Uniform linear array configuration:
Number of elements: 16
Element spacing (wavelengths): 0.5
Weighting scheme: hamming
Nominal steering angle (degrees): -15
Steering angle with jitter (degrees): -14.459
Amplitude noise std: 0.05
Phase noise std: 0.05

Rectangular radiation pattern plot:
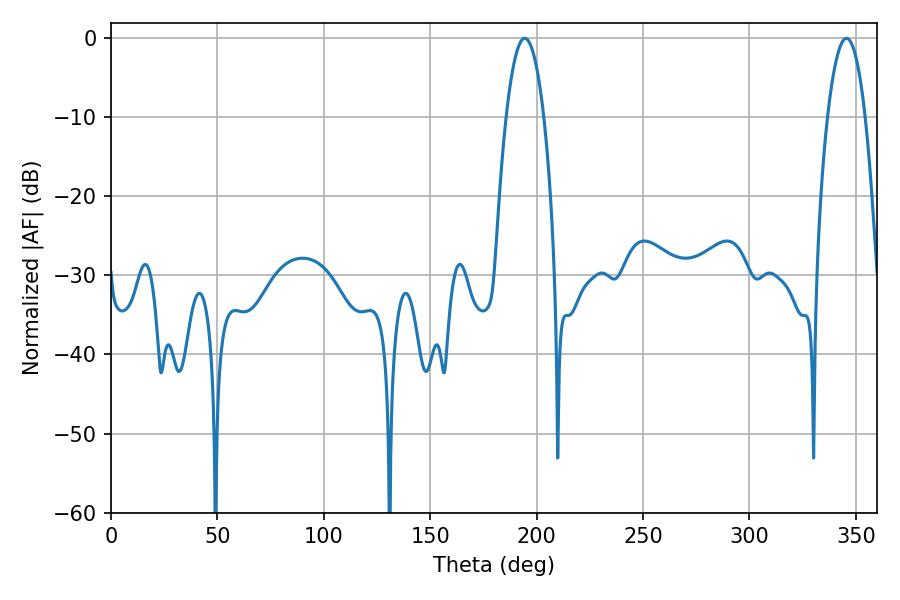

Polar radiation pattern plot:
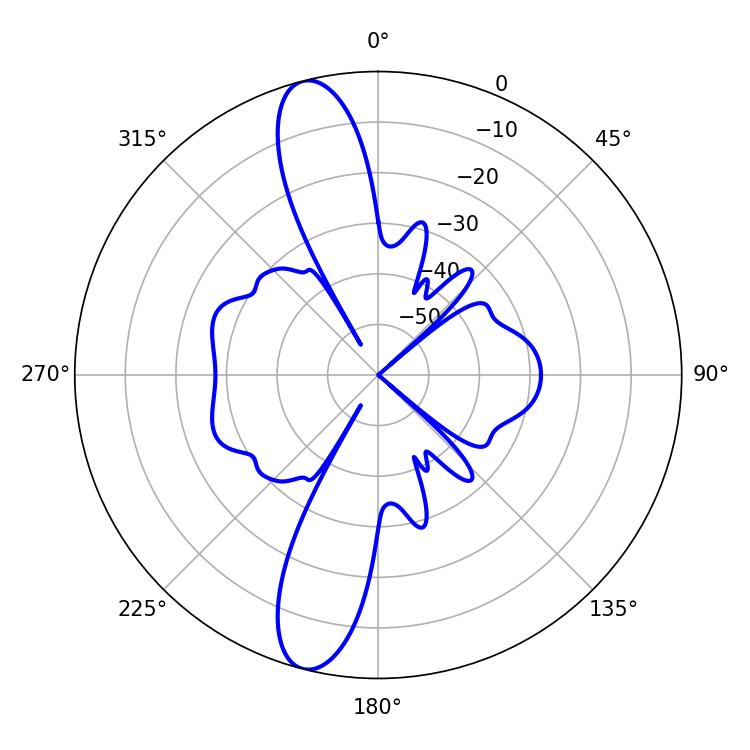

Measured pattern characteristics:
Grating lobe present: FALSE
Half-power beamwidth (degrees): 9.9
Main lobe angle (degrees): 194.4